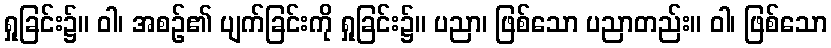
ရှုခြင်း၌။ ဝါ၊ အစဉ်၏ ပျက်ခြင်းကို ရှုခြင်း၌။ ပညာ၊ ဖြစ်သော ပညာတည်း။ ဝါ၊ ဖြစ်သော